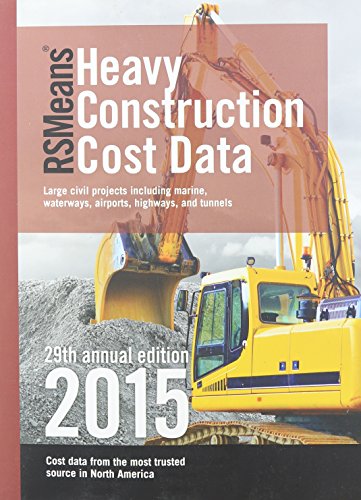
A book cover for Rsmeans Heavy Construction Cost Data; Engineering & Transportation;